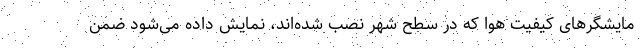
مایشگرهای کیفیت هوا که در سطح شهر نصب شده‌اند، نمایش داده می‌شود ضمن